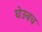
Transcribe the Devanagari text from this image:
घेउनच